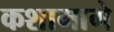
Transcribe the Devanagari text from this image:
कशामागे